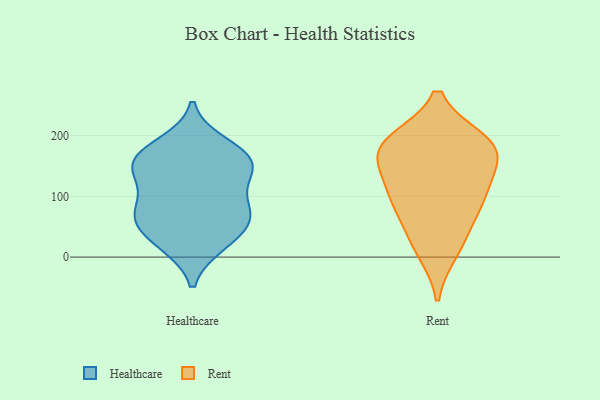
{"axis": {"x": "Waste Production (Tons)", "y": "Value"}, "legend": ["Healthcare", "Rent"], "data": [{"x": "", "y": 129, "type": "Healthcare"}, {"x": "", "y": 79, "type": "Healthcare"}, {"x": "", "y": 66, "type": "Healthcare"}, {"x": "", "y": 75, "type": "Healthcare"}, {"x": "", "y": 71, "type": "Healthcare"}, {"x": "", "y": 129, "type": "Healthcare"}, {"x": "", "y": 156, "type": "Healthcare"}, {"x": "", "y": 50, "type": "Healthcare"}, {"x": "", "y": 21, "type": "Healthcare"}, {"x": "", "y": 185, "type": "Healthcare"}, {"x": "", "y": 23, "type": "Healthcare"}, {"x": "", "y": 155, "type": "Healthcare"}, {"x": "", "y": 160, "type": "Healthcare"}, {"x": "", "y": 168, "type": "Healthcare"}, {"x": "", "y": 190, "type": "Rent"}, {"x": "", "y": 172, "type": "Rent"}, {"x": "", "y": 157, "type": "Rent"}, {"x": "", "y": 93, "type": "Rent"}, {"x": "", "y": 190, "type": "Rent"}, {"x": "", "y": 105, "type": "Rent"}, {"x": "", "y": 41, "type": "Rent"}, {"x": "", "y": 176, "type": "Rent"}, {"x": "", "y": 11, "type": "Rent"}, {"x": "", "y": 101, "type": "Rent"}]}